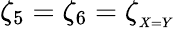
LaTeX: \zeta_{5}=\zeta_{6}=\zeta_{_{X=Y}}